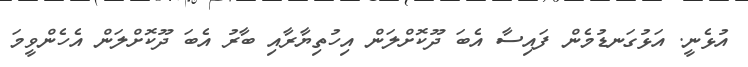
އުޅެނީ. އަޅުގަނޑުމެން ފައިސާ އެބަ ދޫކޮށްލަން އިހުތިޔާރާއި ބާރު އެބަ ދޫކޮށްލަން އެހެންވީމަ